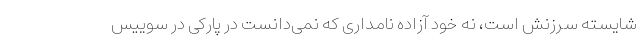
شایسته سرزنش است، نه خود آزاده نامداری که نمی‌دانست در پارکی در سوییس